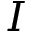
I